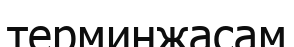
терминжасам